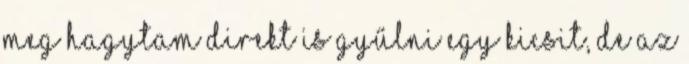
meg hagytam direkt is gyűlni egy kicsit, de az